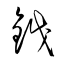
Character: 鉞